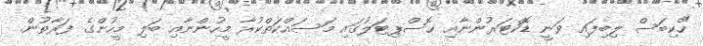
"ހެކިބަސް ލިބިފައި ވަނީ ޑޮކްޓަރުންނާއި ހޮސްޕިޓަލުގައި މަސައްކަތްކުރާ މީހުންނާއި ބަލި މީހުންގެ ފަރާތުން.